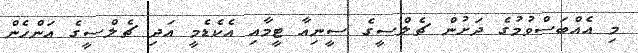
މި އެއްބަސްވުމުގެ ދަށުން ޗެލްސީގެ ސީނިއާ ޓީމާއި އެކެޑެމީ އަދި ޗެލްސީގެ އަންހެން